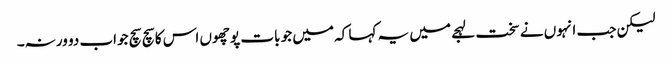
لیکن جب انہوں نے سخت لہجے میں یہ کہا کہ میں جو بات پوچھوں اس کا سچ سچ جواب دو ورنہ۔